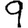
Digit: 9